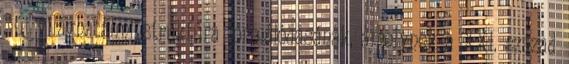
, új világhatalmi struktúra formálódásának, amelynek a XXI. század